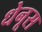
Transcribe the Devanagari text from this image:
धेनूस